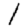
Digit: 1